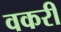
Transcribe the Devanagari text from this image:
वकरी